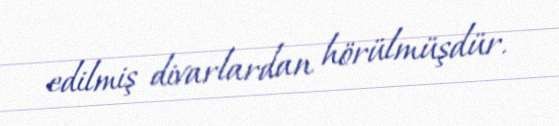
edilmiş divarlardan hörülmüşdür.